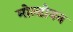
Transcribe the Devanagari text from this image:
मोल्डोवन